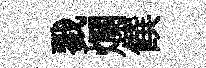
戮爛饌